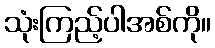
သုံးကြည့်ပါအစ်ကို။